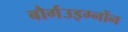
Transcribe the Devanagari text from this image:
बौर्गउइग्नोंन